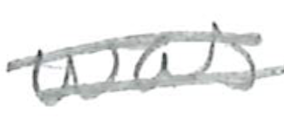
Text: was
Cross-out: double-line
Writing tool: pencil